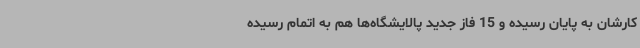
کارشان به پایان رسیده و 15 فاز جدید پالایشگاه‌ها هم به اتمام رسیده